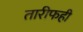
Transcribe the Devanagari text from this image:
तारीफही